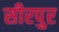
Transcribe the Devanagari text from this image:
सीरपुर